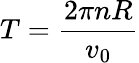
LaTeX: T=\frac{2\pi nR}{v_{0}}